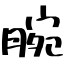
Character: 腕